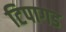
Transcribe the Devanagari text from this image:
टिपागड